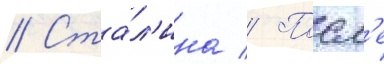
// Ста́л'ина // Посл'е